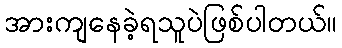
အားကျနေခဲ့ရသူပဲဖြစ်ပါတယ်။